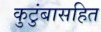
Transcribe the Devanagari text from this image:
कुटुंबासहित